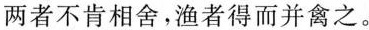
两者不肯相舍，渔者得而并禽之。